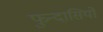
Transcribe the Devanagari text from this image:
फुन्दासियो